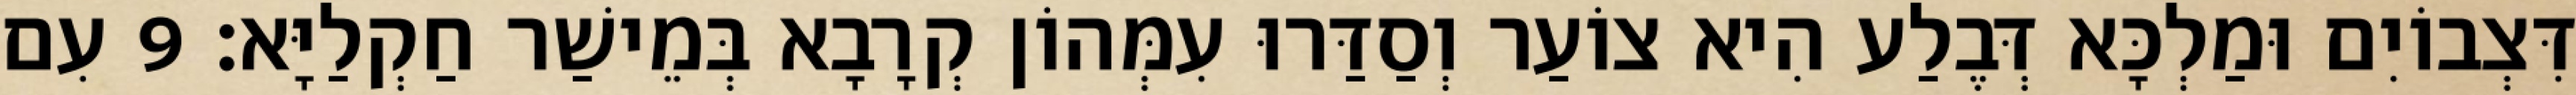
דִּצְבוֹיִם וּמַלְכָּא דְּבֶלַע הִיא צוֹעַר וְסַדַּרוּ עִמְּהוֹן קְרָבָא בְּמֵישַׁר חַקְלַיָּא׃ 9 עִם